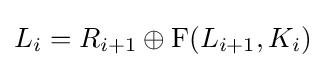
L_{i}=R_{i+1}\oplus {\rm {F}}(L_{i+1},K_{i})